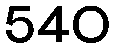
540